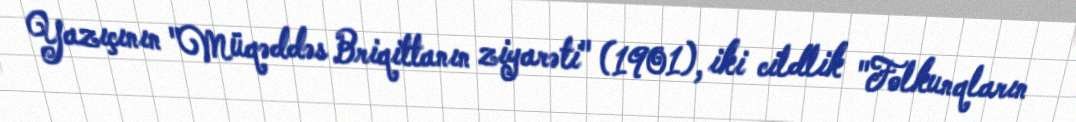
Yazıçının "Müqəddəs Briqittanın ziyarəti" (1901), iki cildlik "Folkunqların